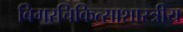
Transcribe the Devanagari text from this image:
बिगरचिकित्साशास्त्रीय